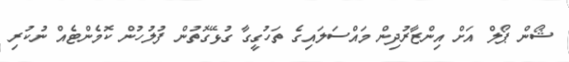
ޝޯން ޕޯލް އަށް އިންޒާރުދިން މައްސަލައިގެ ތަހުގީގާ ގުޅޭގޮތުން ފުލުހުން ކޮމެންޓެއް ނުކުރި